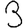
Digit: 3